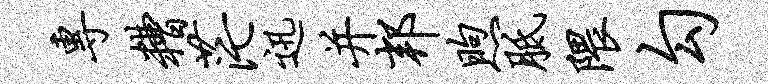
专糟茫迅并邦煦胝隈勾